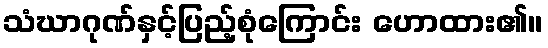
သံဃာဂုဏ်နှင့်ပြည့်စုံကြောင်း ဟောထား၏။